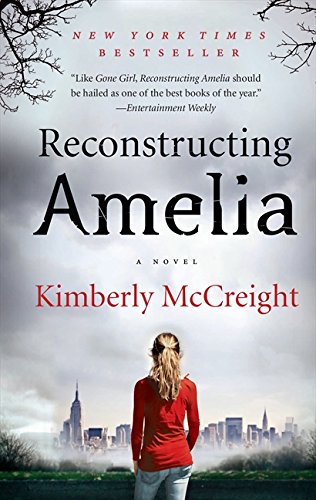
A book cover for Reconstructing Amelia: A Novel; Kimberly McCreight; Literature & Fiction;